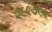
૨૯૯૭૯૨